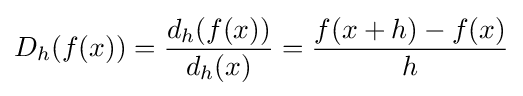
D_{h}(f(x))={\frac {d_{h}(f(x))}{d_{h}(x)}}={\frac {f(x+h)-f(x)}{h}}